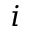
i